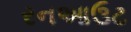
રનઆઉટ